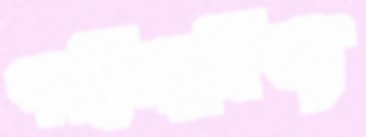
পল্লীসাহিত্য